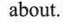
about.